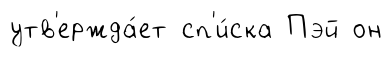
утв'ержда́ет сп'и́ска Пэй он